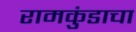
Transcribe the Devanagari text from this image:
रामकुंडाचा